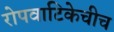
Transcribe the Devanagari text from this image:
रोपवाटिकेचीच